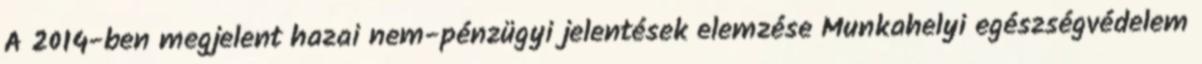
A 2014-ben megjelent hazai nem-pénzügyi jelentések elemzése Munkahelyi egészségvédelem